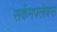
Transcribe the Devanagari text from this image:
सर्कमफ्लेक्स